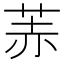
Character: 䓇